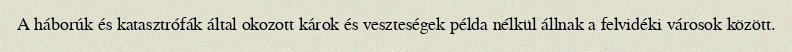
A háborúk és katasztrófák által okozott károk és veszteségek példa nélkül állnak a felvidéki városok között.